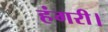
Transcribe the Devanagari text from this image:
हंगरी।